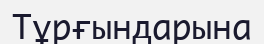
Тұрғындарына